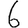
Digit: 6